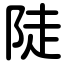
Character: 陡